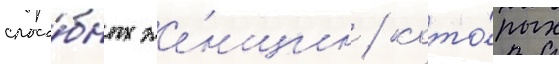
спосо́бных же́нщин / кото́рых